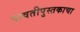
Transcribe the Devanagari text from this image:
पावतीपुस्तकाचा